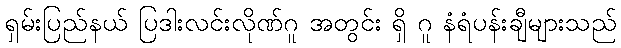
ရှမ်းပြည်နယ် ပြဒါးလင်းလိုဏ်ဂူ အတွင်း ရှိ ဂူ နံရံပန်းချီများသည်